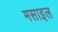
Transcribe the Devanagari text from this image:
मसाइल